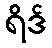
ရိဒ်